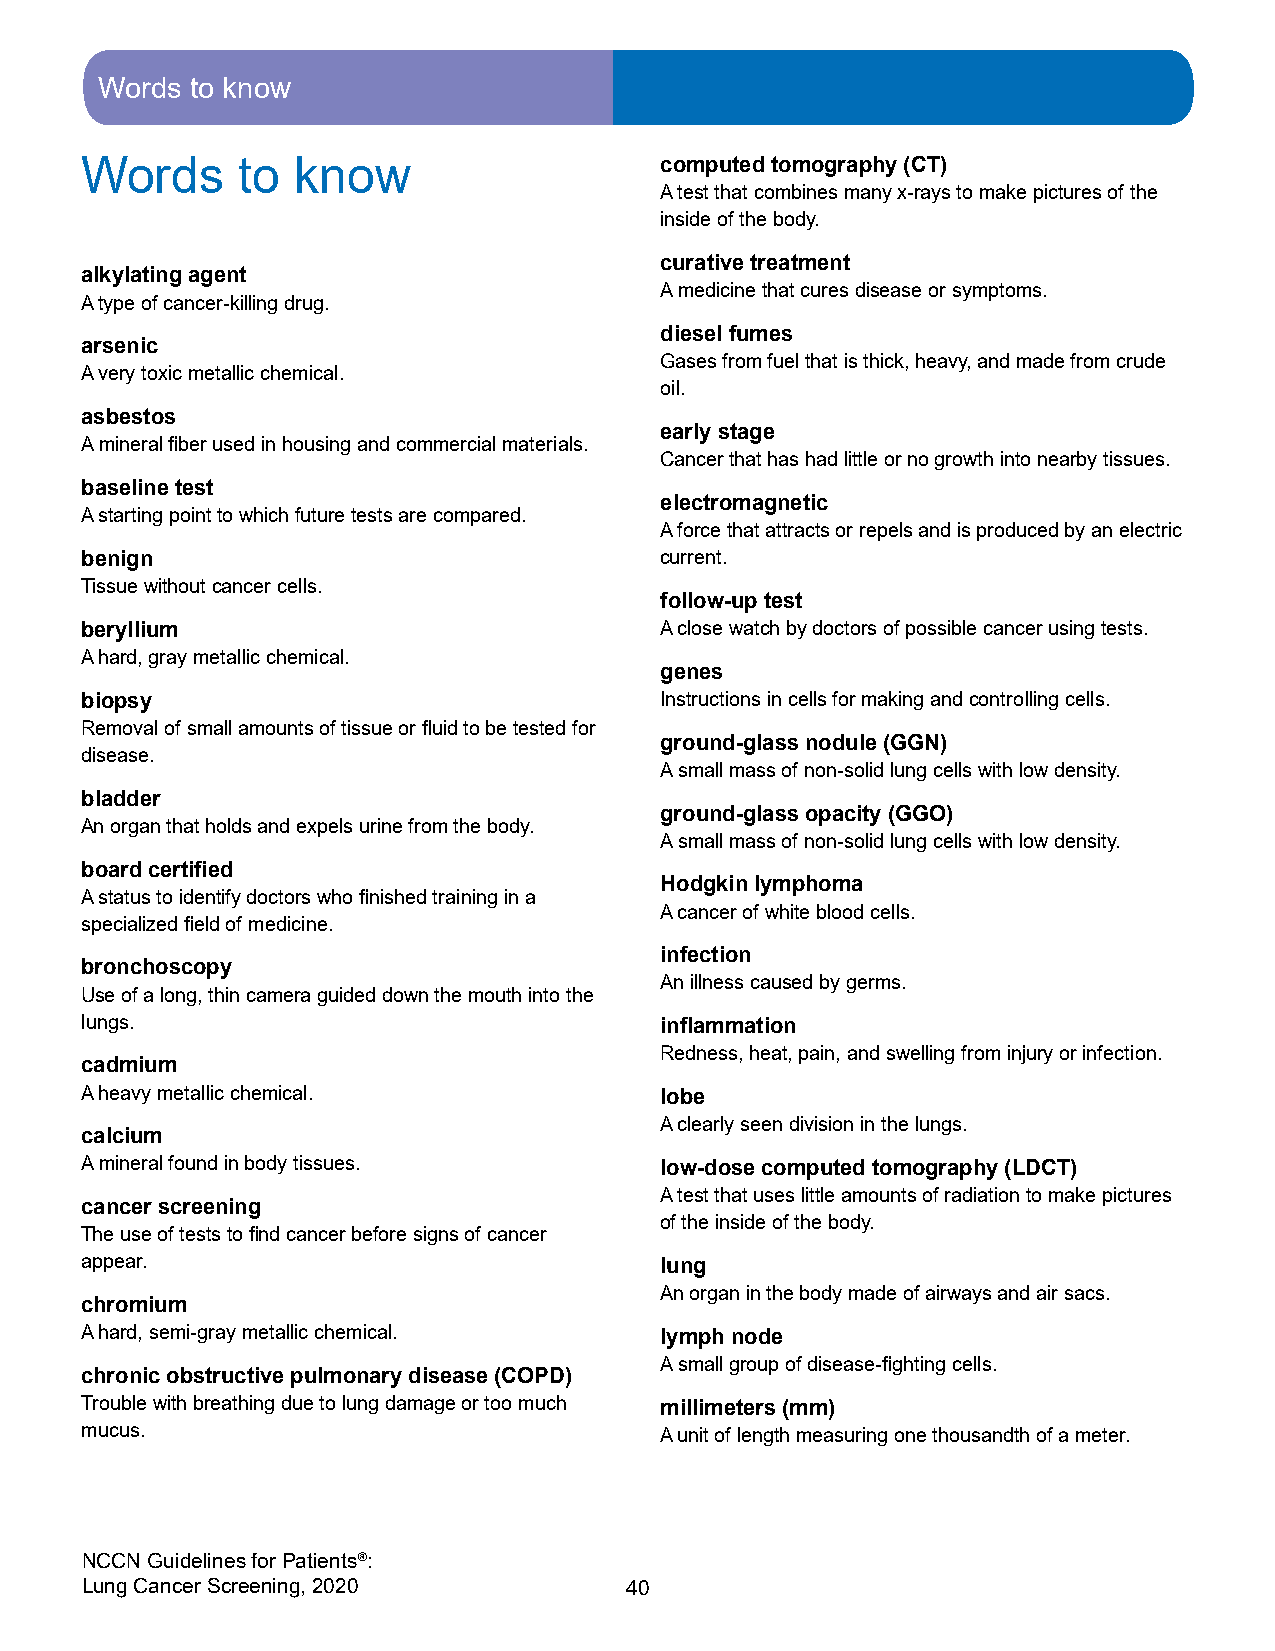
Words to know
 Words      to know                     computed tomography (CT)
 A test that combines many x-rays to make pictures of the
 inside of the body.
 curative treatment
 alkylating agent
 A medicine that cures disease or symptoms.
 A type of cancer-killing drug.
 diesel fumes
 arsenic
 Gases from fuel that is thick, heavy, and made from crude
 A very toxic metallic chemical.
 oil.
 asbestos
 early stage
 A mineral fiber used in housing and commercial materials.
 Cancer that has had little or no growth into nearby tissues.
 baseline test
 electromagnetic
 A starting point to which future tests are compared.
 A force that attracts or repels and is produced by an electric
 benign                                 current.
 Tissue without cancer cells.
 follow-up test
 beryllium                              A close watch by doctors of possible cancer using tests.
 A hard, gray metallic chemical.
 genes
 biopsy                                 Instructions in cells for making and controlling cells.
 Removal of small amounts of tissue or fluid to be tested for
 ground-glass nodule (GGN)
 disease.
 A small mass of non-solid lung cells with low density.
 bladder
 ground-glass opacity (GGO)
 An organ that holds and expels urine from the body.
 A small mass of non-solid lung cells with low density.
 board certified
 Hodgkin lymphoma
 A status to identify doctors who finished training in a
 A cancer of white blood cells.
 specialized field of medicine.
 infection
 bronchoscopy
 An illness caused by germs.
 Use of a long, thin camera guided down the mouth into the
 lungs.                                 inflammation
 Redness, heat, pain, and swelling from injury or infection.
 cadmium
 A heavy metallic chemical.             lobe
 A clearly seen division in the lungs.
 calcium
 A mineral found in body tissues.       low-dose computed tomography (LDCT)
 A test that uses little amounts of radiation to make pictures
 cancer screening
 of the inside of the body.
 The use of tests to find cancer before signs of cancer
 appear.                                lung
 An organ in the body made of airways and air sacs.
 chromium
 A hard, semi-gray metallic chemical.   lymph node
 A small group of disease-fighting cells.
 chronic obstructive pulmonary disease (COPD)
 Trouble with breathing due to lung damage or too much millimeters (mm)
 mucus.                                 A unit of length measuring one thousandth of a meter.
 NCCN Guidelines for Patients®:
 Lung Cancer Screening, 2020         40